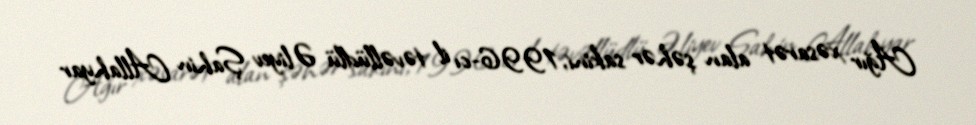
Ağır xəsarət alan şəhər sakini, 1996-cı il təvəllüdlü Əliyev Şahin Allahyar